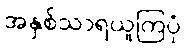
အနှစ်သာရယူကြပုံ